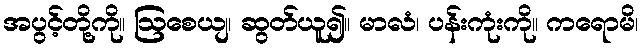
အပွင့်တို့ကို။ ဩစေယျ၊ ဆွတ်ယူ၍။ မာလံ၊ ပန်းကုံးကို။ ကရောမိ၊